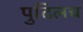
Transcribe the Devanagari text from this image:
पुढिलच